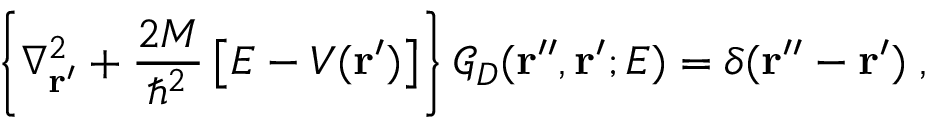
\left\{ \nabla _ { \bf r ^ { \prime } } ^ { 2 } + \frac { 2 M } { \hbar ^ { 2 } } \left[ E - V ( { \bf r ^ { \prime } } ) \right] \right\} { \mathcal G } _ { D } ( { \bf r ^ { \prime \prime } } , { \bf r ^ { \prime } } ; E ) = \delta ( { \bf r ^ { \prime \prime } } - { \bf r ^ { \prime } } ) \; ,